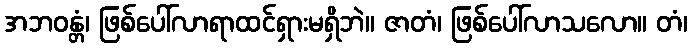
အဘဝန္တံ၊ ဖြစ်ပေါ်လာရာထင်ရှားမရှိဘဲ။ ဇာတံ၊ ဖြစ်ပေါ်လာသလော။ တံ၊